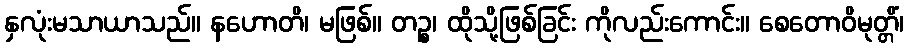
နှလုံးမသာယာသည်။ နဟောတိ၊ မဖြစ်။ တဉ္စ၊ ထိုသို့ဖြစ်ခြင်း ကိုလည်းကောင်း။ စေတောဝိမုတ္တိံ၊